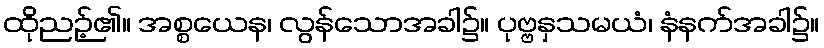
ထိုညဉ့်၏။ အစ္စယေန၊ လွန်သောအခါ၌။ ပုဗ္ဗနှသမယံ၊ နံနက်အခါ၌။